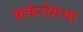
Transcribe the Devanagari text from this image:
कर्करोगचा